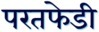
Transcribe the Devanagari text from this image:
परतफेडी